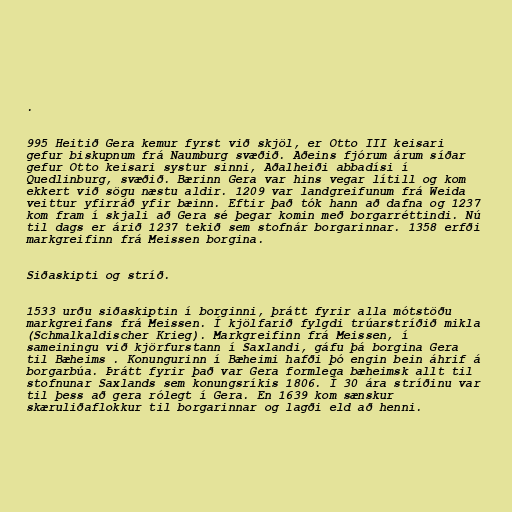
.

995 Heitið Gera kemur fyrst við skjöl, er Otto III keisari
gefur biskupnum frá Naumburg svæðið. Aðeins fjórum árum síðar
gefur Otto keisari systur sinni, Aðalheiði abbadísi í
Quedlinburg, svæðið. Bærinn Gera var hins vegar lítill og kom
ekkert við sögu næstu aldir. 1209 var landgreifunum frá Weida
veittur yfirráð yfir bæinn. Eftir það tók hann að dafna og 1237
kom fram í skjali að Gera sé þegar komin með borgarréttindi. Nú
til dags er árið 1237 tekið sem stofnár borgarinnar. 1358 erfði
markgreifinn frá Meissen borgina.

Siðaskipti og stríð.

1533 urðu siðaskiptin í borginni, þrátt fyrir alla mótstöðu
markgreifans frá Meissen. Í kjölfarið fylgdi trúarstríðið mikla
(Schmalkaldischer Krieg). Markgreifinn frá Meissen, í
sameiningu við kjörfurstann í Saxlandi, gáfu þá borgina Gera
til Bæheims . Konungurinn í Bæheimi hafði þó engin bein áhrif á
borgarbúa. Þrátt fyrir það var Gera formlega bæheimsk allt til
stofnunar Saxlands sem konungsríkis 1806. Í 30 ára stríðinu var
til þess að gera rólegt í Gera. En 1639 kom sænskur
skæruliðaflokkur til borgarinnar og lagði eld að henni.